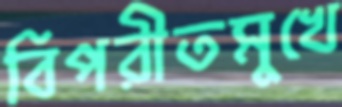
বিপরীতমুখে